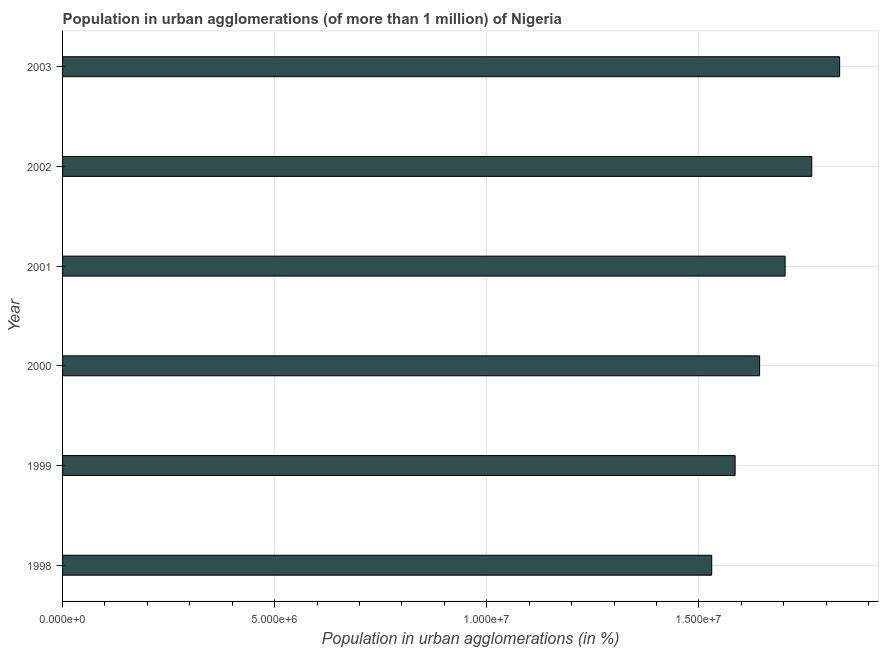
| Year | Population in urban agglomerations |
 | --- | --- |
 | 1998 | 1.53e+07 |
 | 1999 | 1.59e+07 |
 | 2000 | 1.64e+07 |
 | 2001 | 1.7e+07 |
 | 2002 | 1.77e+07 |
 | 2003 | 1.83e+07 |